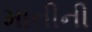
માનીની